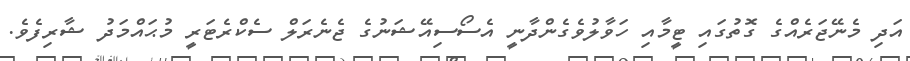
އަދި މެނޭޖަރެއްގެ ގޮތުގައި ޓީމާއި ހަވާލުވެގެންދާނީ އެސޯސިއޭޝަނުގެ ޖެނެރަލް ސެކްރެޓަރީ މުޙައްމަދު ޝާރިފެވެ.